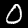
Label: 0